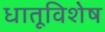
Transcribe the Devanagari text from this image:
धातूविशेष